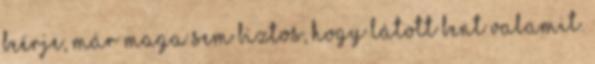
beérje, már maga sem biztos, hogy látott bent valamit.